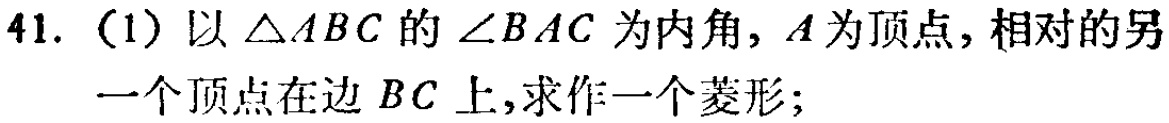
41. （1）以\(\triangle ABC\)的\(\angle BAC\)为内角，\(A\)为顶点，相对的另一个顶点在边 \(BC\)上，求作一个菱形；